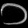
Digit: ၁